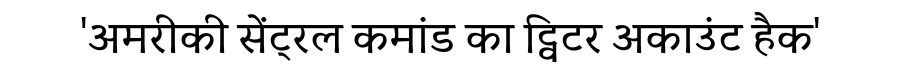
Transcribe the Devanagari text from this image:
'अमरीकी सेंट्रल कमांड का ट्विटर अकाउंट हैक'